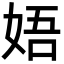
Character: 娪